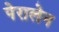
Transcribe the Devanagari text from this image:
पेरालेन